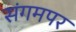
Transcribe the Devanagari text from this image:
संगमपर